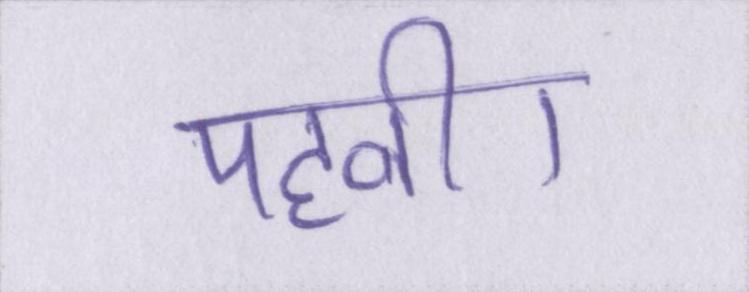
पहनी।